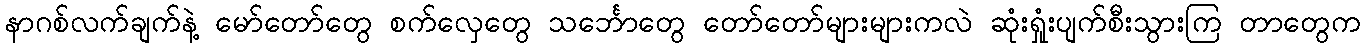
နာဂစ်လက်ချက်နဲ့ မော်တော်တွေ စက်လှေတွေ သင်္ဘောတွေ တော်တော်များများကလဲ ဆုံးရှုံးပျက်စီးသွားကြ တာတွေက